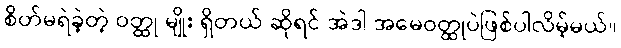
စိတ်မရဲခဲ့တဲ့ ဝတ္ထု မျိုး ရှိတယ် ဆိုရင် အဲဒါ အမေဝတ္ထုပဲဖြစ်ပါလိမ့်မယ်။